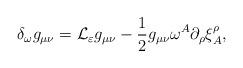
LaTeX: \begin{align*}\delta_{\omega}g_{\mu\nu}={\cal L}_\varepsilon g_{\mu\nu}-\frac 12 g_{\mu\nu}\omega^A \partial_\rho\xi^\rho_A,\end{align*}